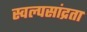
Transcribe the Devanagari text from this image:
स्वल्पसांद्रता